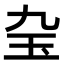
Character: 𤣬